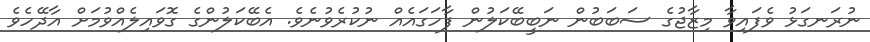
ނުރަނގަޅު ވެފައިވާ މިޒާޖުގެ ސަބަބުން ނަބީބޭކަލުން ފާހަގައެއް ނުކުރެވުނެވެ. އެބޭކަލުންގެ ގޮވައިލެއްވުމަށް އާދޭހެވެ